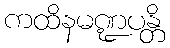
ကထိနမဏ္ဍပန္တိ